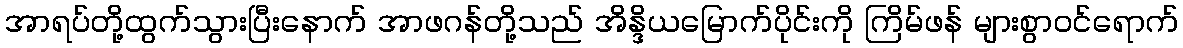
အာရပ်တို့ထွက်သွားပြီးနောက် အာဖဂန်တို့သည် အိန္ဒိယမြောက်ပိုင်းကို ကြိမ်ဖန် များစွာဝင်ရောက်